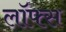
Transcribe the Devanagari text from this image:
लॉफ्स